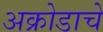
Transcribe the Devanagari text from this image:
अक्रोडाचे